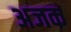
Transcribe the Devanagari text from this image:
अजक